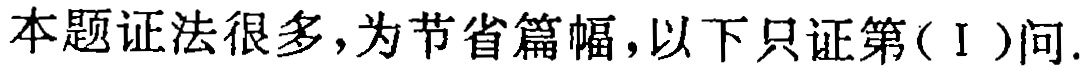
本题证法很多,为节省篇幅,以下只证第(Ⅰ)问.